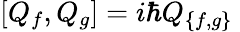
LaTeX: [Q_{f},Q_{g}]=i\hbar Q_{\{ f,g\} }~